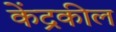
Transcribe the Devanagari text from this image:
केंद्रकील